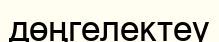
дөңгелектеу